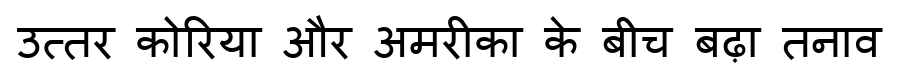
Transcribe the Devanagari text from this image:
उत्तर कोरिया और अमरीका के बीच बढ़ा तनाव